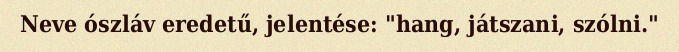
Neve ószláv eredetű, jelentése: "hang, játszani, szólni."